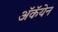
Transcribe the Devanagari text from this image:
अॅकॅयेन